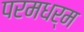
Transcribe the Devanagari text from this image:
परमधर्म